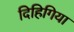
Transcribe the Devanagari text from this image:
दिहिगिया